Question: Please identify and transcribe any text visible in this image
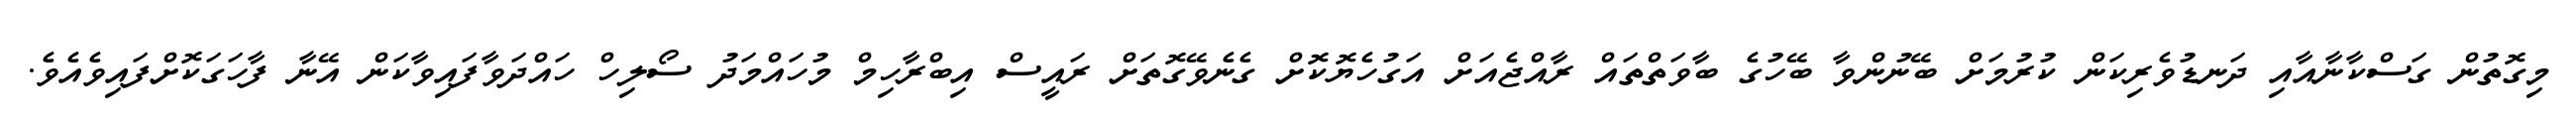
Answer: މިގޮތުން ގަސްކާނާއާއި ދަނޑުވެރިކަން ކުރުމަށް ބޭނުންވާ ބޭހުގެ ބާވަތްތައް ރާއްޖެއަށް އަގުހެޔޮކޮށް ގެނެވޭގޮތަށް ރައީސް އިބްރާހިމް މުހައްމަދު ސޯލިހް ހައްދަވާފައިވާކަން އޭނާ ފާހަގަކޮށްފައިވެއެވެ.